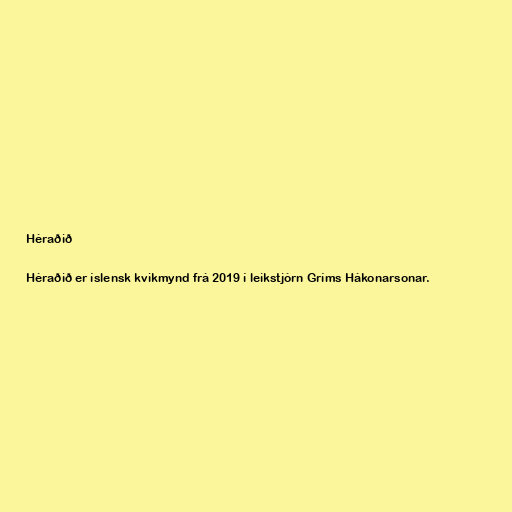
Héraðið

Héraðið er íslensk kvikmynd frá 2019 í leikstjórn Gríms Hákonarsonar.